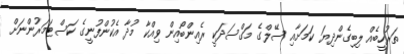
ތަރުހީބެއް ލިބިގެންދިޔަ ކަމަށާއި ސޭލްގެ މަގްސަދަކީ ރެއިންބޯއިން ވިއްކާ މުދާ އެކުންފުނީގެ ކަސްޓަމަރުންނަށް